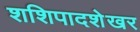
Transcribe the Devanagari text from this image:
शशिपादशेखर